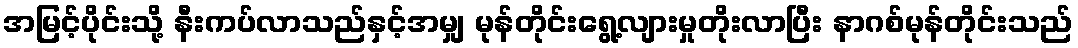
အမြင့်ပိုင်းသို့ နီးကပ်လာသည်နှင့်အမျှ မုန်တိုင်းရွေ့လျားမှုတိုးလာပြီး နာဂစ်မုန်တိုင်းသည်